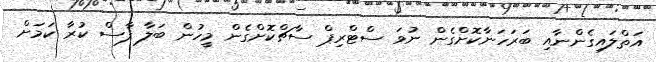
އަތްލައިގެންނާއި ބަރަހަނާކޮށްގެން ނުވަ ސްޓްރިޕް ސާޗްކޮށްގެން މީހުން ބަލާ ފާސް ކުރާ ކަމަށް